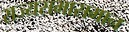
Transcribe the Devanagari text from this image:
राज्यसभासमान